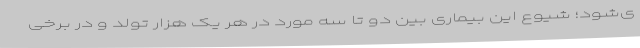
ی‌شود؛ شیوع این بیماری بین دو تا سه مورد در هر یک هزار تولد و در برخی